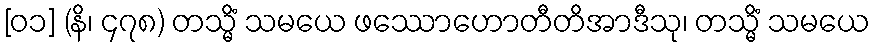
[၀၁] (နိ၊ ၄၇၈) တသ္မိံ သမယေ ဖဿောဟောတီတိအာဒီသု၊ တသ္မိံ သမယေ